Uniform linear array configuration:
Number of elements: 16
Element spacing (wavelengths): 1
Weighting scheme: uniform
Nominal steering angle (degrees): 30
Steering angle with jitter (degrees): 28.218
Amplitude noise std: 0.05
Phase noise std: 0.05

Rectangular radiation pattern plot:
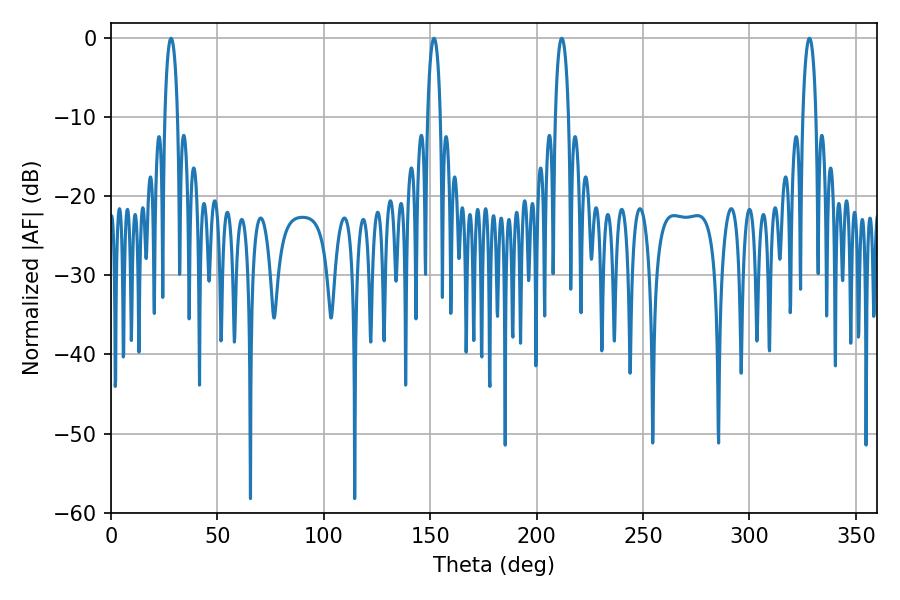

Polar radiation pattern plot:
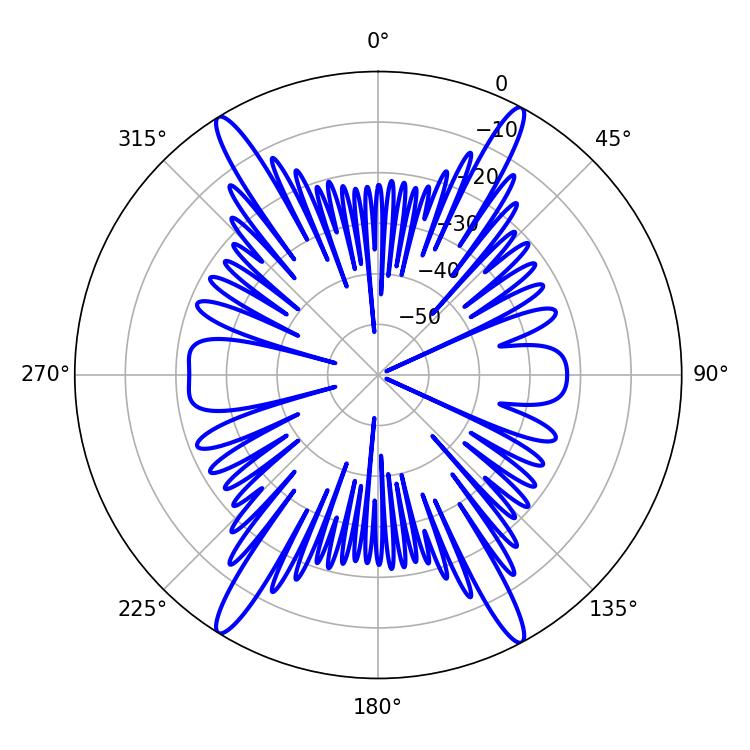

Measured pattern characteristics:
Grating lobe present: TRUE
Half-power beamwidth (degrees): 3.42
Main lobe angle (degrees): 28.26